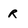
Character: r